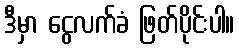
ဒီမှာ ငွေလက်ခံ ဖြတ်ပိုင်းပါ။